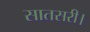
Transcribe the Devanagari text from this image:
सातसरी।